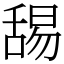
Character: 舓